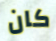
كان